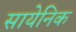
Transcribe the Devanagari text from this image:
सायेनिक